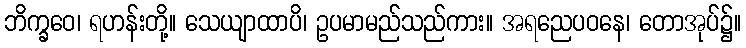
ဘိက္ခဝေ၊ ရဟန်းတို့။ သေယျာထာပိ၊ ဥပမာမည်သည်ကား။ အရညေပဝနေ၊ တောအုပ်၌။